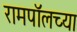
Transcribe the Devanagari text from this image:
रामपॉलच्या